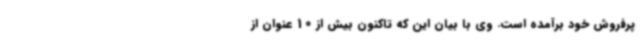
پرفروش خود برآمده است. وی با بیان این که تاکنون بیش از 10 عنوان از